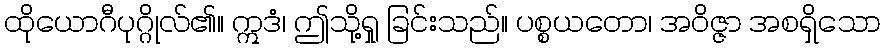
ထိုယောဂီပုဂ္ဂိုလ်၏။ ဣဒံ၊ ဤသို့ရှု ခြင်းသည်။ ပစ္စယတော၊ အဝိဇ္ဇာ အစရှိသော